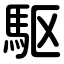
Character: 駆